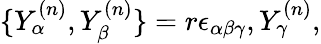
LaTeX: \{ Y_{\alpha}^{(n)},Y_{\beta}^{(n)}\} =r\epsilon_{\alpha\beta\gamma},Y_{\gamma}^{(n)},